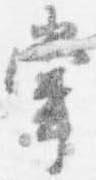
掌